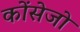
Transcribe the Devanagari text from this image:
कोंसेजो